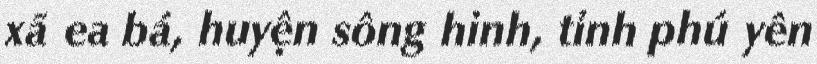
xã ea bá, huyện sông hinh, tỉnh phú yên